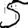
Digit: 5